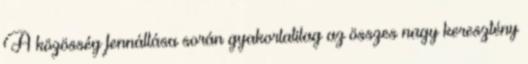
A közösség fennállása során gyakorlatilag az összes nagy keresztény